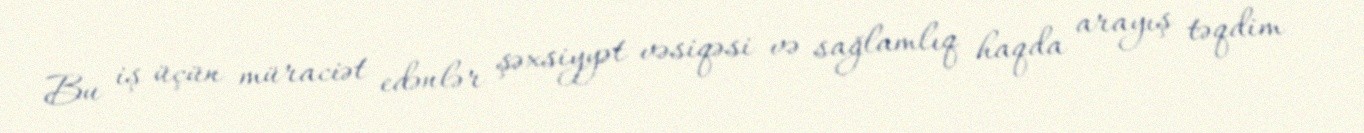
Bu iş üçün müraciət edənlər şəxsiyyət vəsiqəsi və sağlamlıq haqda arayış təqdim